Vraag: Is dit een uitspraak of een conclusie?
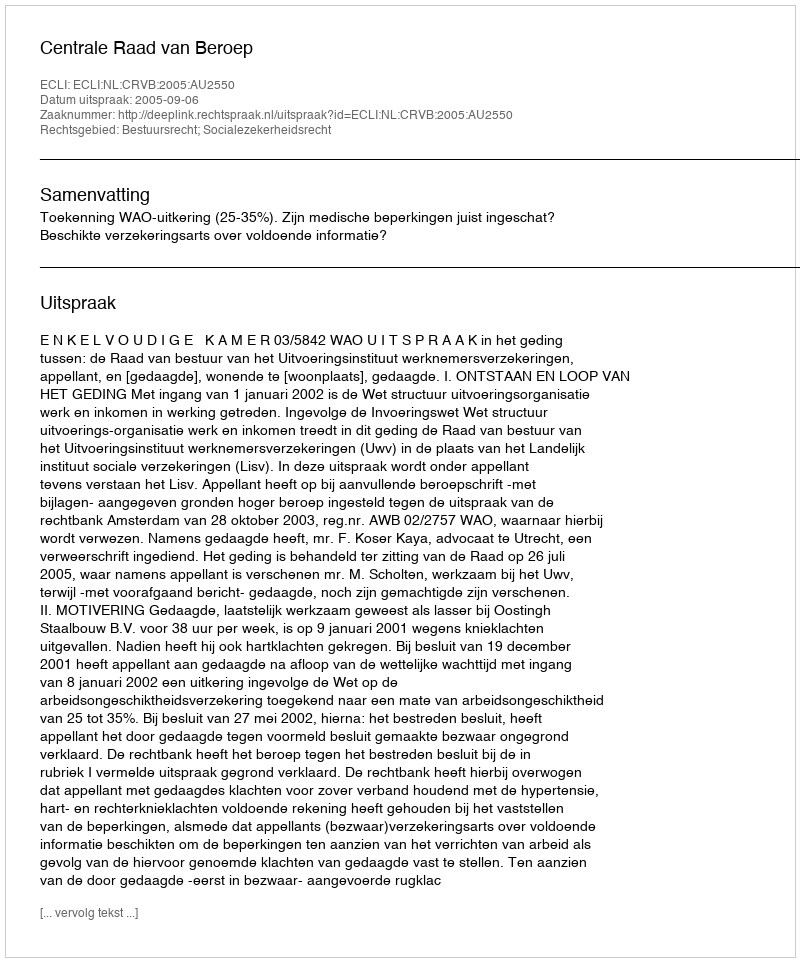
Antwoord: Uitspraak